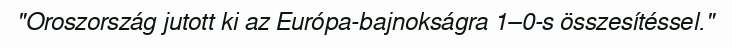
"Oroszország jutott ki az Európa-bajnokságra 1–0-s összesítéssel."